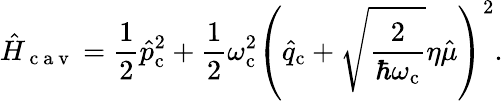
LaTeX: \hat{H}_{\mathrm{~c~a~v~}}=\frac{1}{2}\hat{p}_{\mathrm{c}}^{2}+\frac{1}{2}\omega_{\mathrm{c}}^{2}\left(\hat{q}_{\mathrm{c}}+\sqrt{\frac{2}{\hbar\omega_{\mathrm{c}}}}\eta\hat{\mu}\right)^{2}.